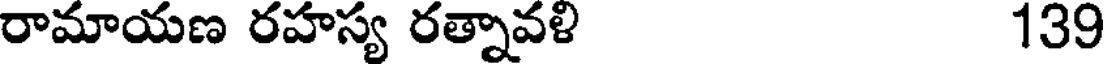
రామాయణ రహస్య రత్నావళి 139